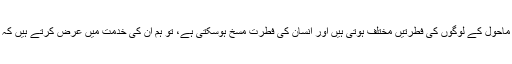
اگر ہمارے ممدوح دانشوروں کو فطرت سے اس لیے بیر ہے کہ مختلف ماحول کے لوگوں کی فطرتیں مختلف ہوتی ہیں اور انسان کی فطرت مسخ ہوسکتی ہے، تو ہم ان کی خدمت میں عرض کرتے ہیں کہ ہمیں کوئی ایسی چیز بتایئے جو مختلف فیہ نہ ہو اور مسخ نہ ہوسکتی ہو۔